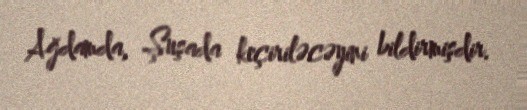
Ağdamda, Şuşada keçiriləcəyini bildirmişdir.